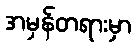
အမှန်တရားမှာ